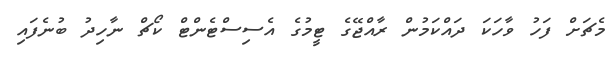
މެޗަށް ފަހު ވާހަކަ ދައްކަމުން ރާއްޖޭގެ ޓީމުގެ އެސިސްޓެންޓް ކޯޗް ނާހިދު ބުނެފައި